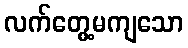
လက်တွေ့မကျသော